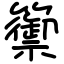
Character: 籞